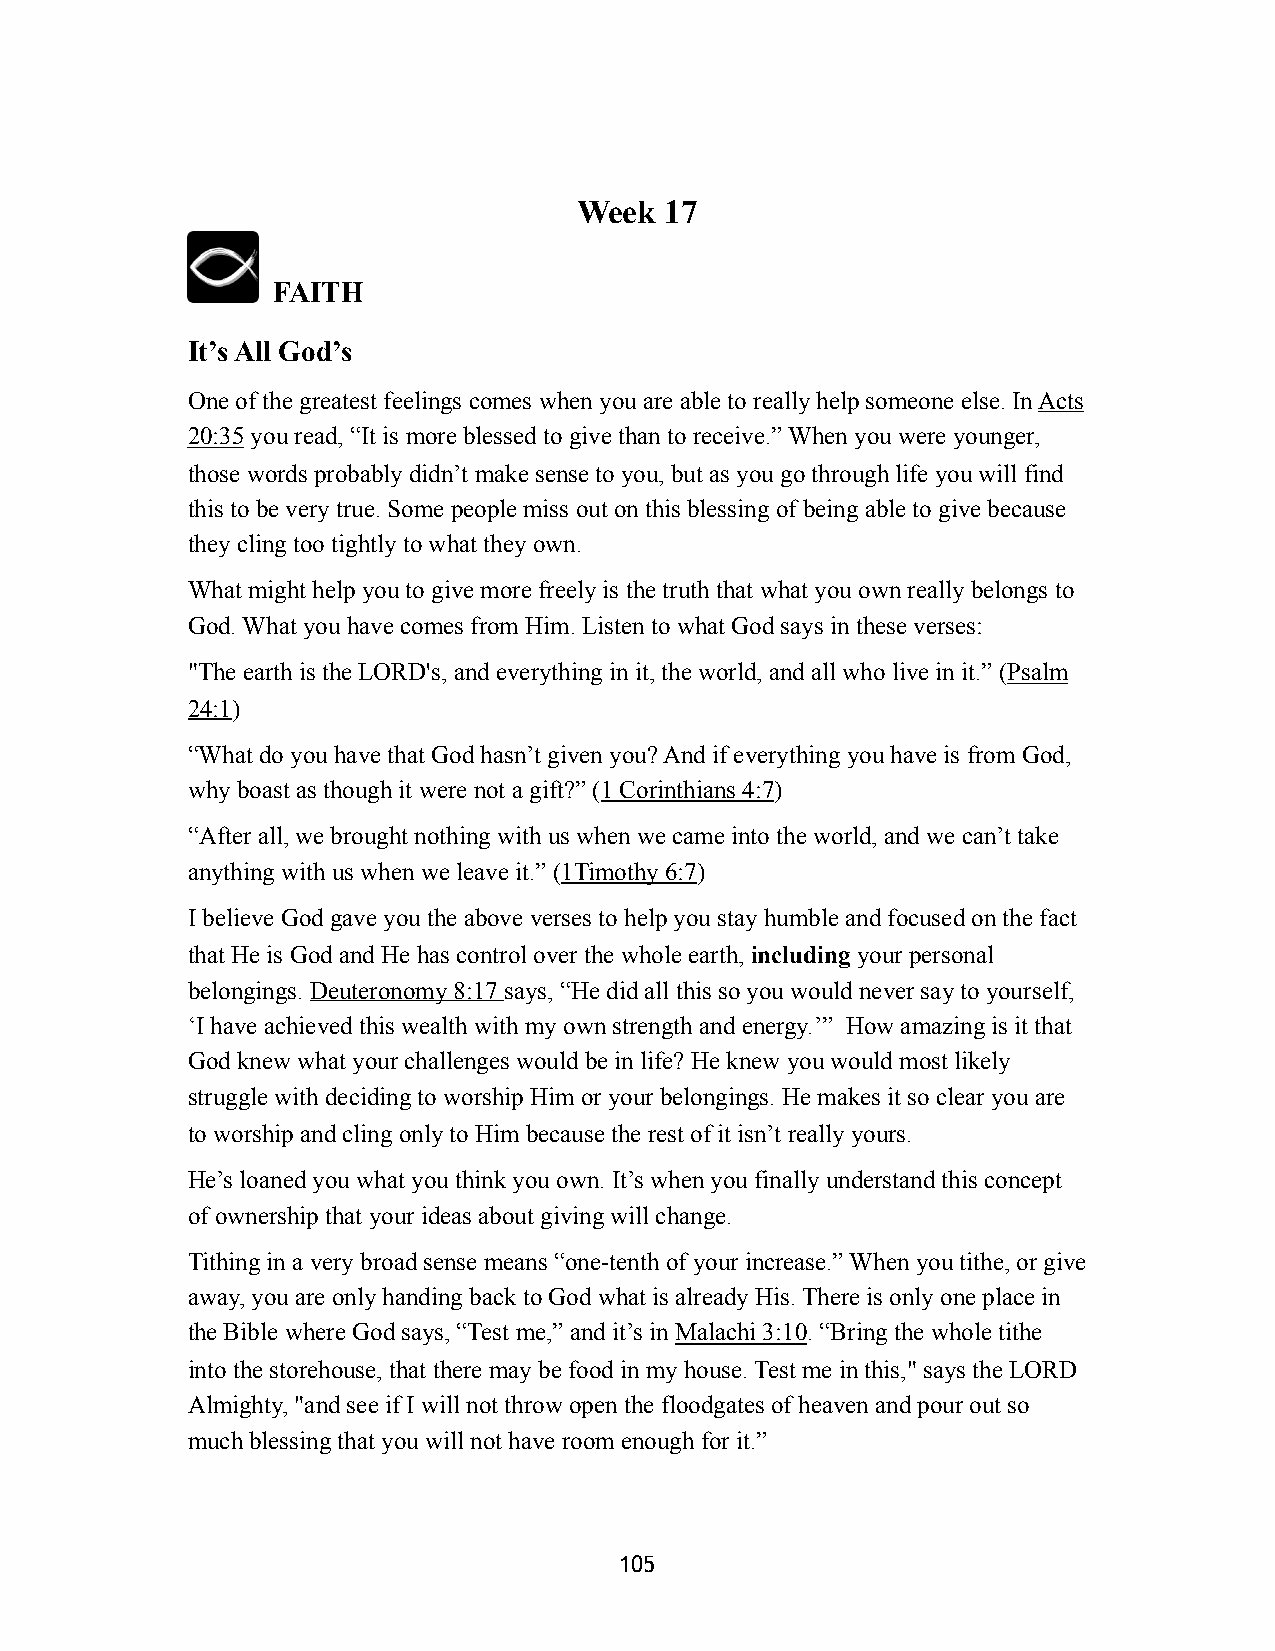
Week  17
 FAITH
 It’s All God’s
 One of the greatest feelings comes when you are able to really help someone else. In Acts
 20:35 you read, “It is more blessed to give than to receive.” When you were younger,
 those words probably didn’t make sense to you, but as you go through life you will find
 this to be very true. Some people miss out on this blessing of being able to give because
 they cling too tightly to what they own.
 What might help you to give more freely is the truth that what you own really belongs to
 God. What you have comes from Him. Listen to what God says in these verses:
 "The earth is the LORD's, and everything in it, the world, and all who live in it.” (Psalm
 24:1)
 “What do you have that God hasn’t given you? And if everything you have is from God,
 why boast as though it were not a gift?” (1 Corinthians 4:7)
 “After all, we brought nothing with us when we came into the world, and we can’t take
 anything with us when we leave it.” (1Timothy 6:7)
 I believe God gave you the above verses to help you stay humble and focused on the fact
 that He is God and He has control over the whole earth, including your personal
 belongings. Deuteronomy 8:17 says, “He did all this so you would never say to yourself,
 ‘I have achieved this wealth with my own strength and energy.’” How amazing is it that
 God knew what your challenges would be in life? He knew you would most likely
 struggle with deciding to worship Him or your belongings. He makes it so clear you are
 to worship and cling only to Him because the rest of it isn’t really yours.
 He’s loaned you what you think you own. It’s when you finally understand this concept
 of ownership that your ideas about giving will change.
 Tithing in a very broad sense means “one-tenth of your increase.” When you tithe, or give
 away, you are only handing back to God what is already His. There is only one place in
 the Bible where God says, “Test me,” and it’s in Malachi 3:10. “Bring the whole tithe
 into the storehouse, that there may be food in my house. Test me in this," says the LORD
 Almighty, "and see if I will not throw open the floodgates of heaven and pour out so
 much blessing that you will not have room enough for it.”
 105